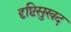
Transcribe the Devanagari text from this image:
दृष्टिसुखद